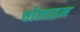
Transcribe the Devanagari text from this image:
चोलाइन